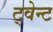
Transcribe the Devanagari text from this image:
ट्वेन्ट